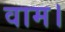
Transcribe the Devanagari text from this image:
वाम।